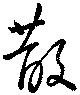
散